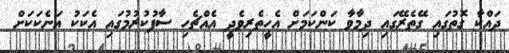
ދައްކާ ގޮތުގައި ގޭތެރޭގައި ދިމާވާ ކަންކަމަށް އެހީތެރިވެދީ އެއްޗެހި ސާފުކުރުމުގައި އެކަކު އަނެކަކަށް